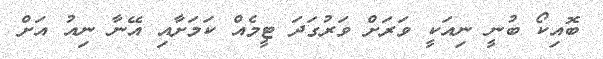
ބޮއިކޯ ބުނީ ނިއަކީ ވަރަށް ވަރުގަދަ ޓީމެއް ކަމަށާއި އޭނާ ނިއު އަށް